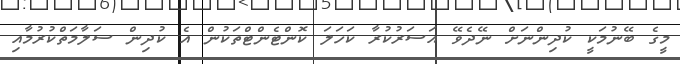
މީގެ ބޭނުމަކީ ކުދިންނަށް ނޭދެވޭ އަސަރުކުރާ ކަހަލަ ކޮންޓެންޓްތަކުން އެ ކުދިން ސަލާމަތްކުރުމާއި